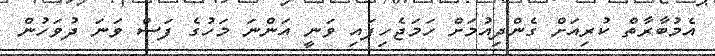
އެމުބާރާތް ކުރިއަށް ގެންދިއުމަށް ހަމަޖެހިފައި ވަނީ އަންނަ މަހުގެ ފަސް ވަނަ ދުވަހުން